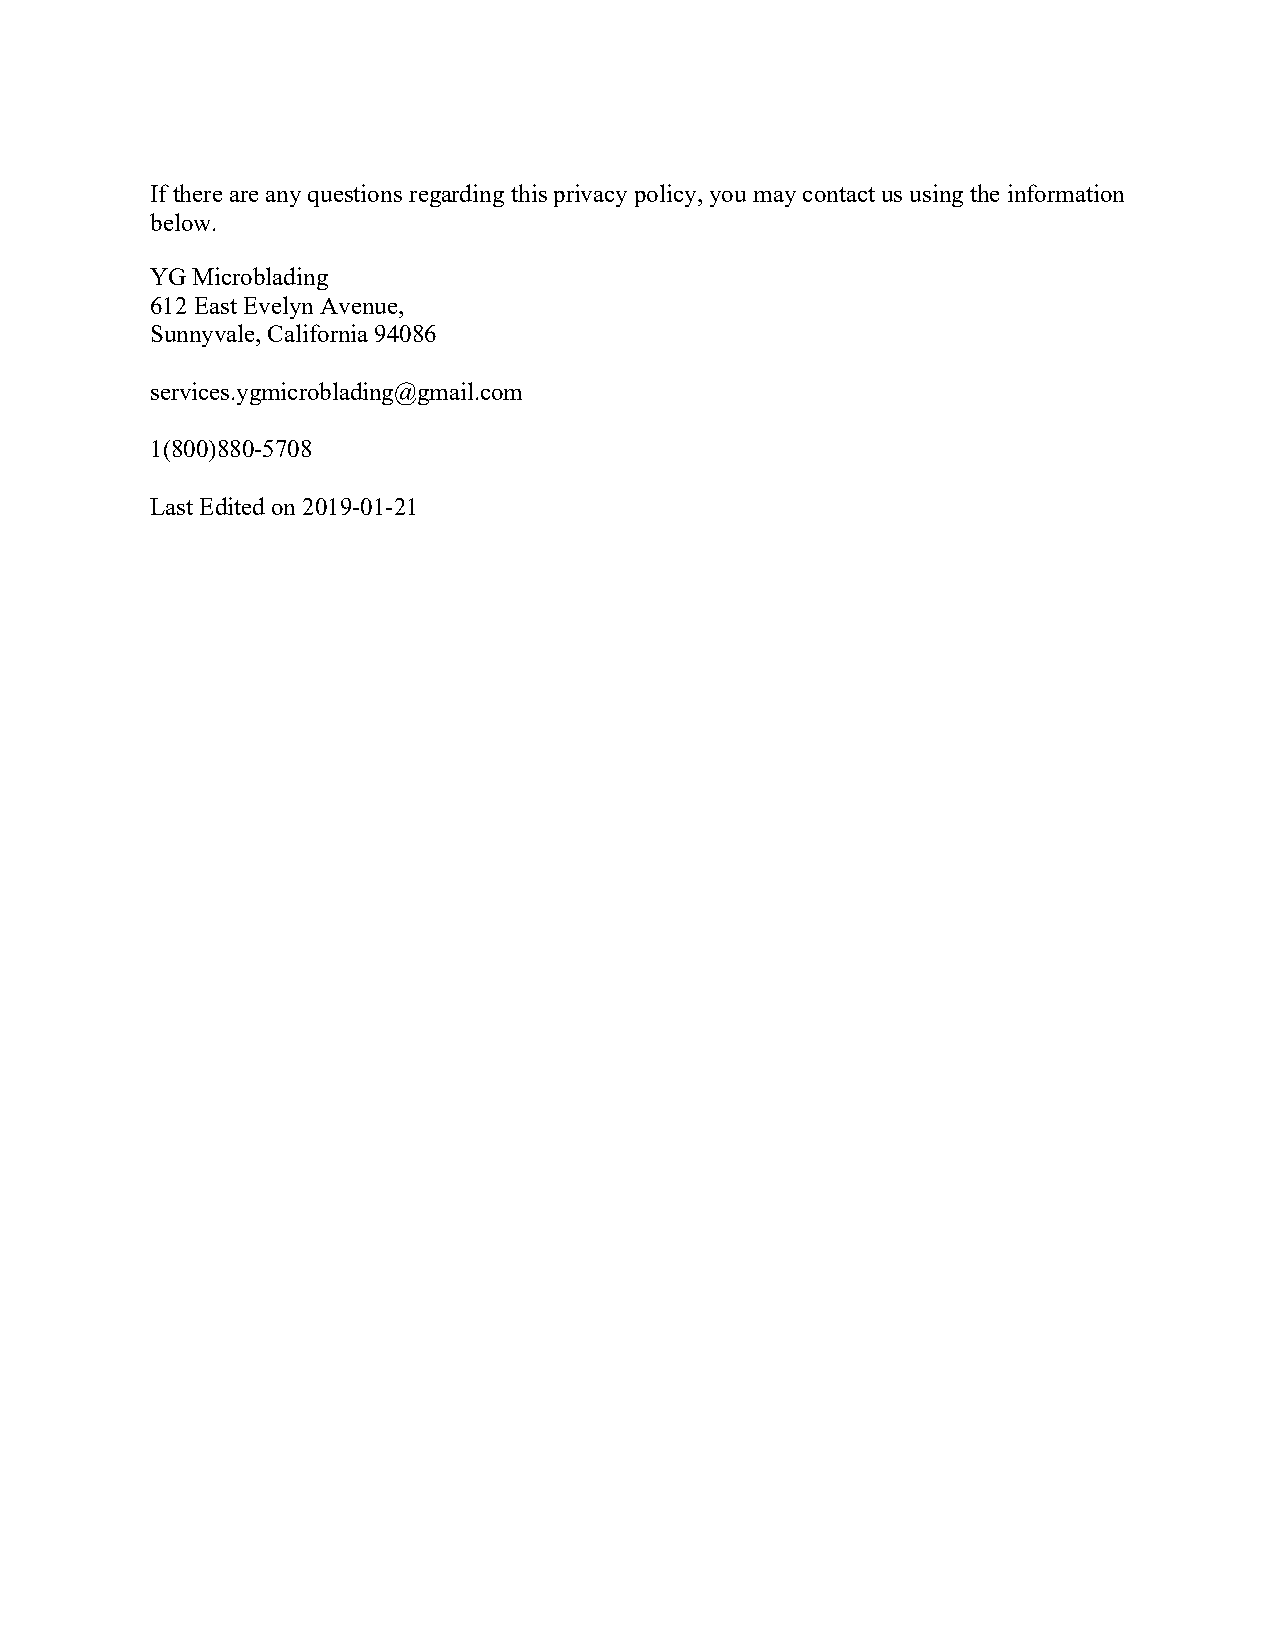
If there are any questions regarding this privacy policy, you may contact us using the information
 below.
 YG Microblading
 612 East Evelyn Avenue,
 Sunnyvale, California 94086
 services.ygmicroblading@gmail.com
 1(800)880-5708
 Last Edited on 2019-01-21